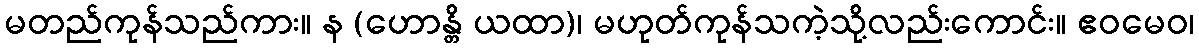
မတည်ကုန်သည်ကား။ န (ဟောန္တိ ယထာ)၊ မဟုတ်ကုန်သကဲ့သို့လည်းကောင်း။ ဧဝမေဝ၊